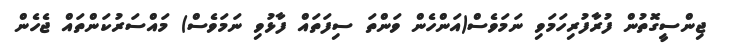
ޖިންސީގޮތުން ފުރާފުރިހަމަވި ނަމަވެސް(އަންހެން ވަންތަ ސިފަތައް ފާޅުވި ނަމަވެސް) މައްސަރުކަންތައް ޖެހެން